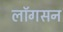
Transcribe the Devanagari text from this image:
लॉगसन